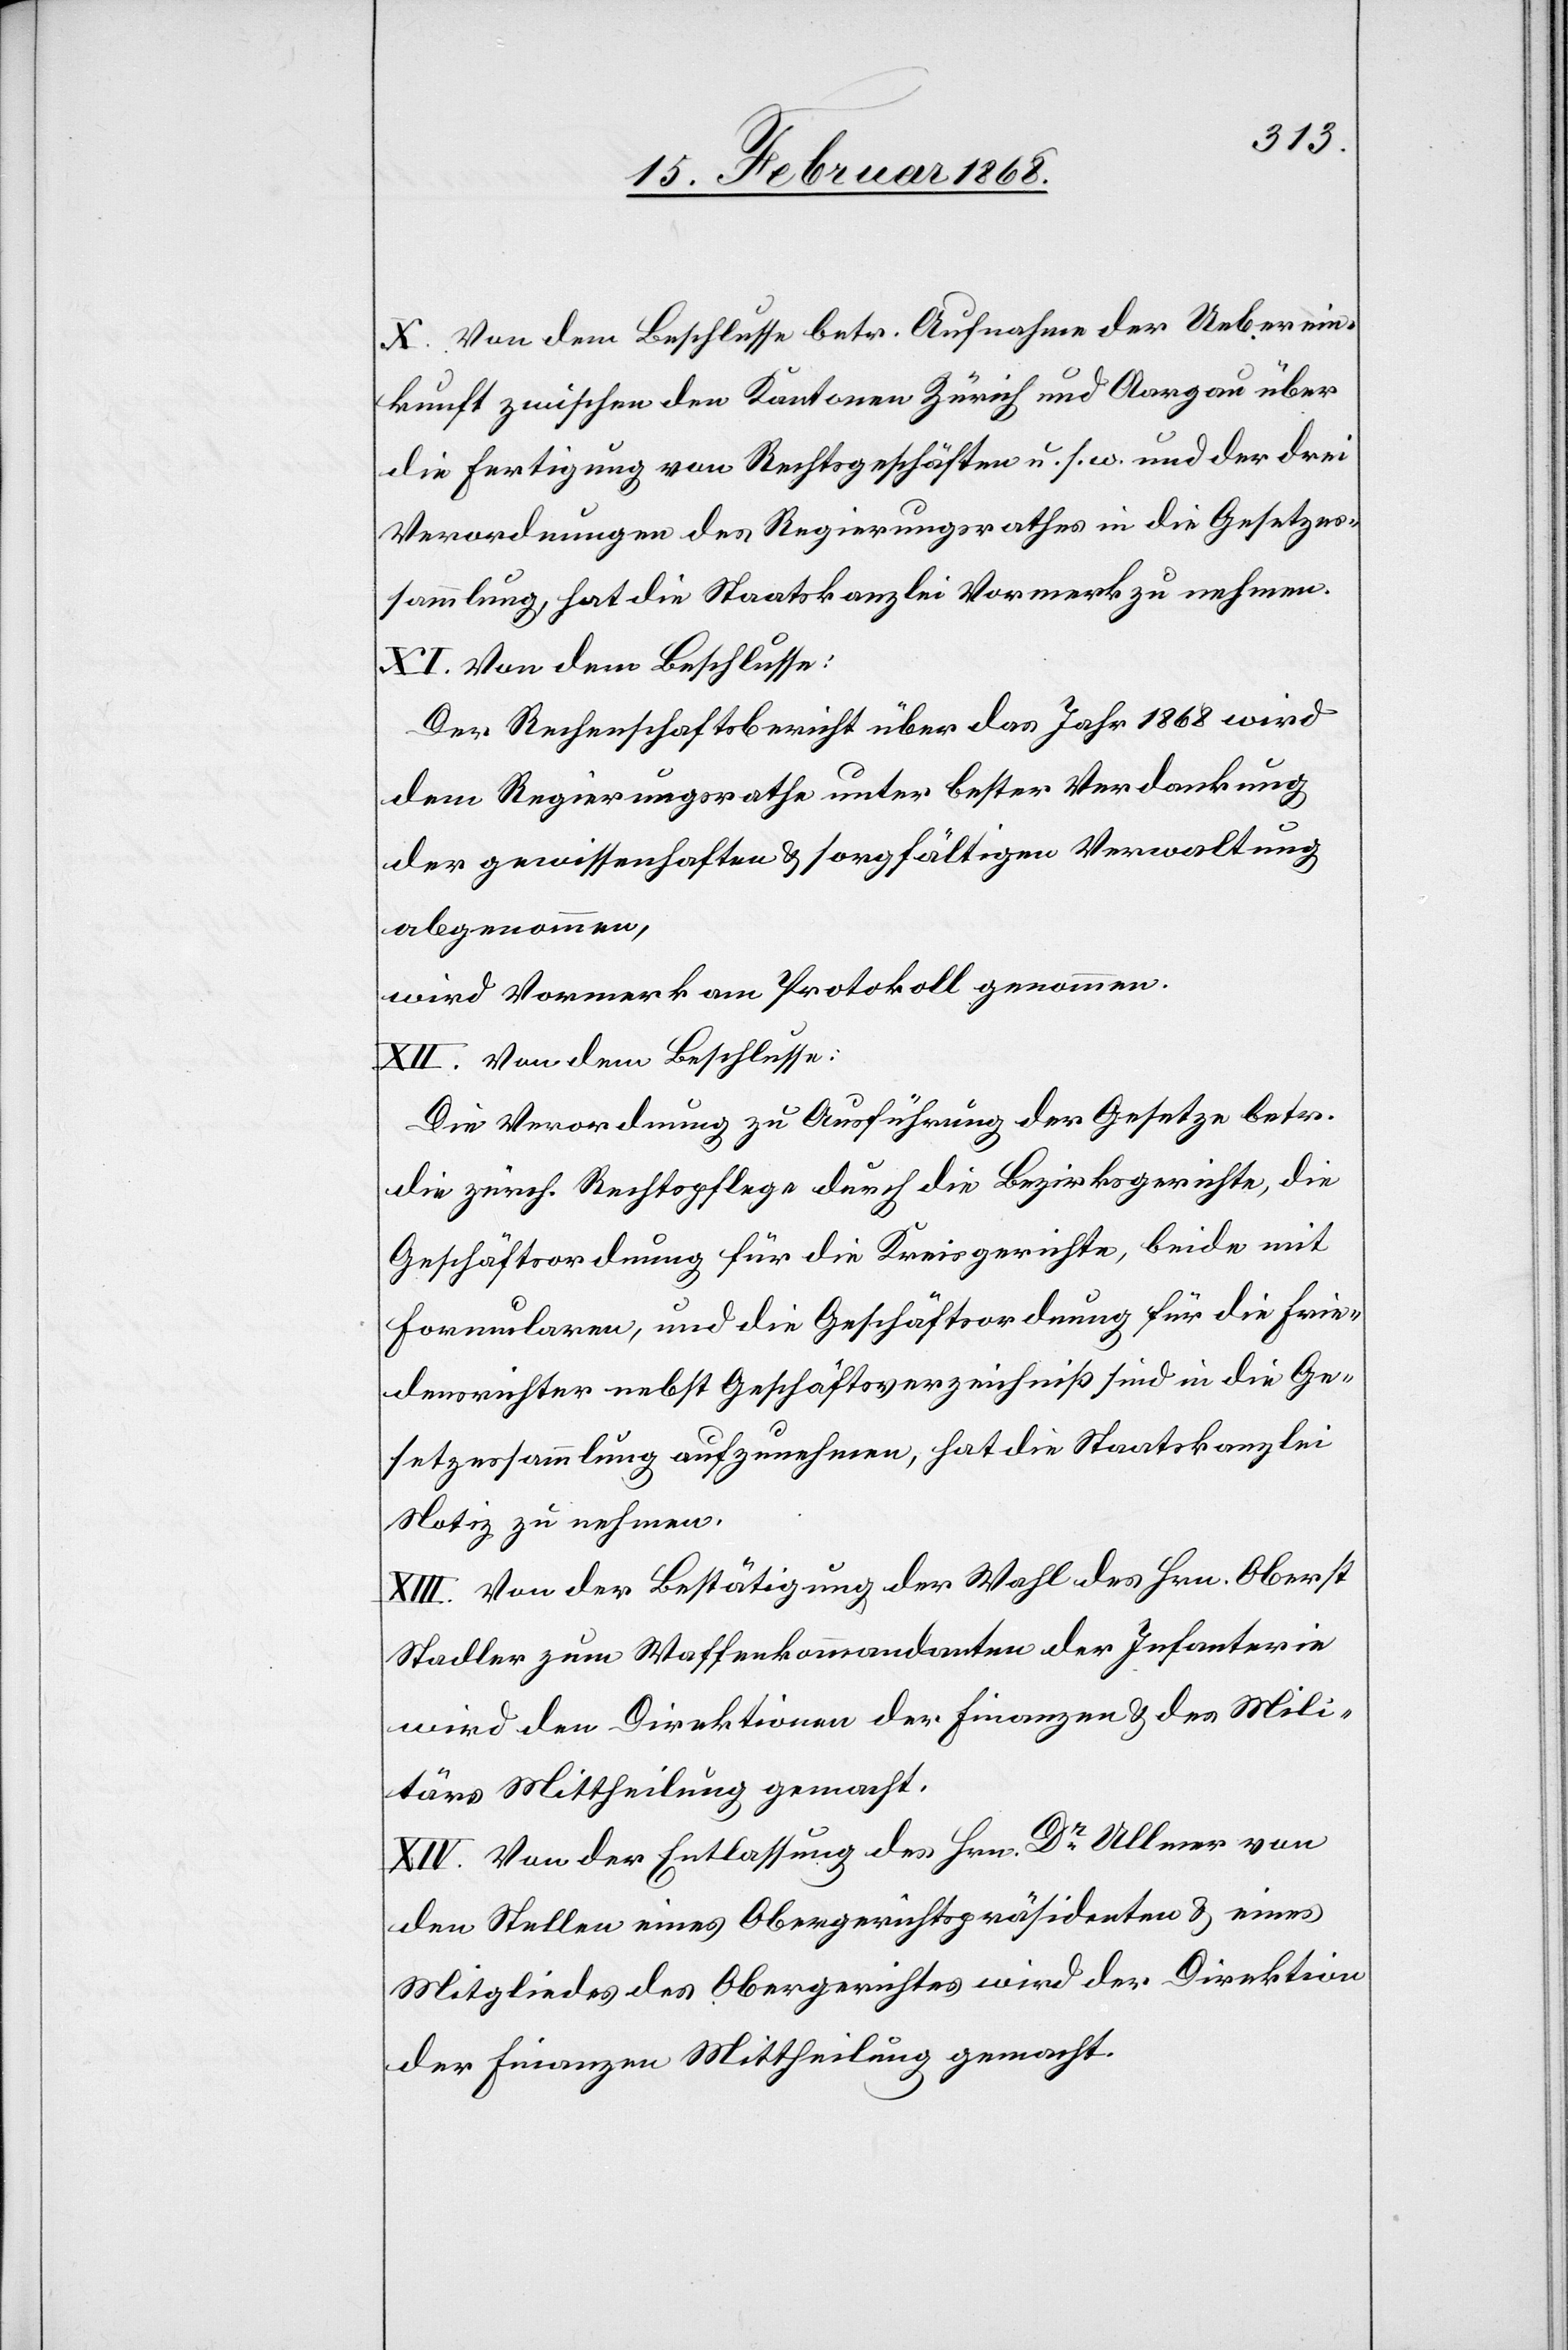
X. Von dem Beschlusse betr. Aufnahme der Ueberein¬
kunft zwischen den Kantonen Zürich und Aargau über
die Fertigung von Rechtsgeschäften u. s. w. und der drei
Verordnungen des Regierungsrathes in die Gesetzes¬
sammlung, hat die Staatskanzlei Vormerk zu nehmen.
XI. Von dem Beschlusse:
Der Rechenschaftsbericht über das Jahr 1868 wird
dem Regierungsrathe unter bester Verdankung
der gewissenhaften & sorgfältigen Verwaltung
abgenommen,
wird Vormerk am Protokoll genommen.
XII. Von dem Beschlusse:
Die Verordnung zu Ausführung der Gesetze betr.
die zürch. Rechtspflege durch die Bezirksgerichte, die
Geschäftsordnung für die Kreisgerichte, beide mit
Formularen, und die Geschäftsordnung für die Frie¬
densrichter nebst Geschäftsverzeichniß sind in die Ge¬
setzessammlung aufzunehmen, hat die Staatskanzlei
Notiz zu nehmen.
XIII. Von der Bestätigung der Wahl des Hrn. Oberst
Stadler zum Waffenkommandanten der Infanterie
wird den Direktionen der Finanzen & des Mili¬
tärs Mittheilung gemacht.
XIV. Von der Entlassung des Hrn. Dr. Ullmer von
den Stellen eines Obergerichtspräsidenten & eines
Mitgliedes des Obergerichtes wird der Direktion
der Finanzen Mittheilung gemacht.